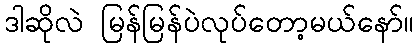
ဒါဆိုလဲ မြန်မြန်ပဲလုပ်တော့မယ်နော်။